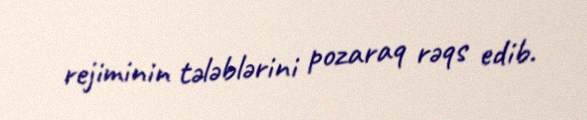
rejiminin tələblərini pozaraq rəqs edib.